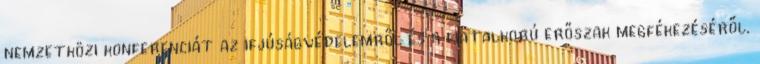
nemzetközi konferenciát az ifjúságvédelemről és a fiatalkorú erőszak megfékezéséről.